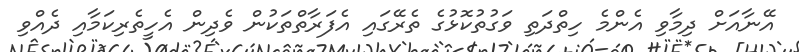
އޭނާއަށް ދިމާވި އެންމެ ހިތްދަތި ވަގުތުކޮޅުގެ ތެރޭގައި އެފަރާތްތަކުން ވެދިން އެހީތެރިކަމާއި ދެއްވި